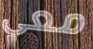
معي